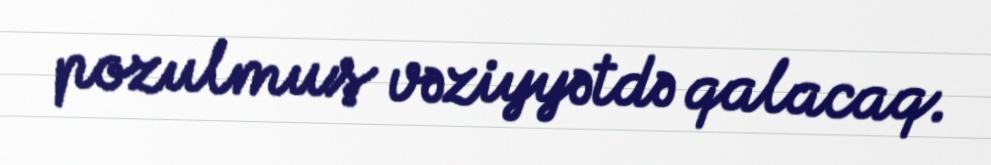
pozulmuş vəziyyətdə qalacaq.